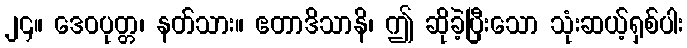
၂၄။ ဒေဝပုတ္တ၊ နတ်သား။ ဧတာဒိသာနိ၊ ဤ ဆိုခဲ့ပြီးသော သုံးဆယ့်ရှစ်ပါး